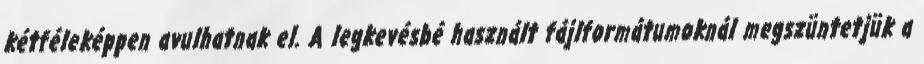
kétféleképpen avulhatnak el. A legkevésbé használt fájlformátumoknál megszüntetjük a